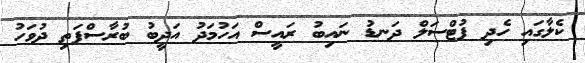
ކެލާގައި ހެދި ފުޓްސަލް ދަނޑު ނައިބު ރައީސް އަހުމަދު އަދީބު ބުރާސްފަތި ދުވަހު